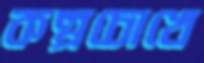
কল্পচোখে